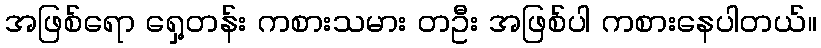
အဖြစ်ရော ရှေ့တန်း ကစားသမား တဦး အဖြစ်ပါ ကစားနေပါတယ်။